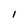
Character: l